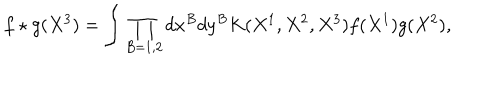
LaTeX: f \star g ( X ^ { 3 } ) = \int \prod _ { B = 1 , 2 } d x ^ { B } d y ^ { B } K ( X ^ { 1 } , X ^ { 2 } , X ^ { 3 } ) f ( X ^ { 1 } ) g ( X ^ { 2 } ) ,